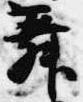
舞